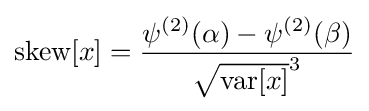
{\text{skew}}[x]={\frac {\psi ^{(2)}(\alpha )-\psi ^{(2)}(\beta )}{{\sqrt {{\text{var}}[x]}}^{3}}}